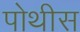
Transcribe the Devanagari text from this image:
पोथीस